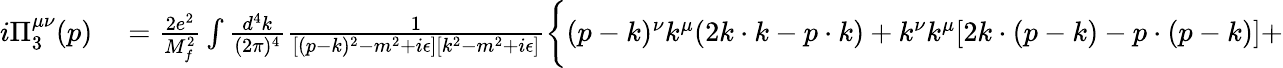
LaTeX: \begin{array}{rl}{i\Pi_{3}^{\mu\nu}(p)}&{{}=\frac{2e^{2}}{M_{f}^{2}}\int\frac{d^{4}k}{(2\pi)^{4}}\frac{1}{[(p-k)^{2}-m^{2}+i\epsilon][k^{2}-m^{2}+i\epsilon]}\biggl\{ (p-k)^{\nu}k^{\mu}(2k\cdot k-p\cdot k)+k^{\nu}k^{\mu}[2k\cdot(p-k)-p\cdot(p-k)]+}\end{array}